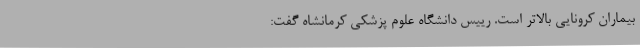
بیماران کرونایی بالاتر است. رییس دانشگاه علوم پزشکی کرمانشاه گفت: